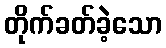
တိုက်ခတ်ခဲ့သော